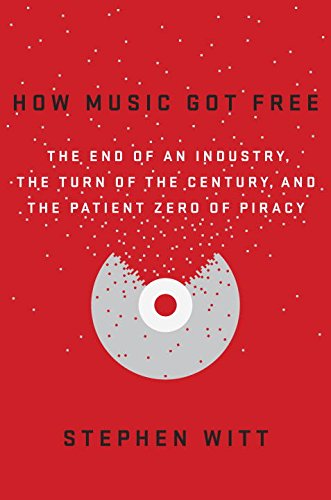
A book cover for How Music Got Free: The End of an Industry, the Turn of the Century, and the Patient Zero of Piracy; Stephen Witt; Arts & Photography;